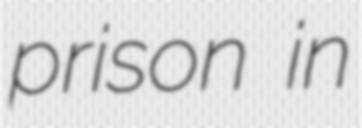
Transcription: prison in